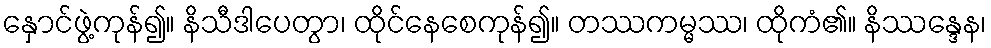
နှောင်ဖွဲ့ကုန်၍။ နိသီဒါပေတွာ၊ ထိုင်နေစေကုန်၍။ တဿကမ္မဿ၊ ထိုကံ၏။ နိဿန္ဒေန၊